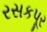
રસકપૂર